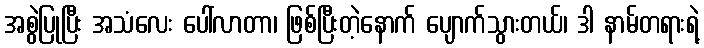
အစွဲပြုပြီး အသံလေး ပေါ်လာတာ၊ ဖြစ်ပြီးတဲ့နောက် ပျောက်သွားတယ်၊ ဒါ နာမ်တရားရဲ့